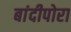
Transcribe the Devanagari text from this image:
बांदीपोरा